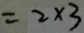
= 2 \times 3